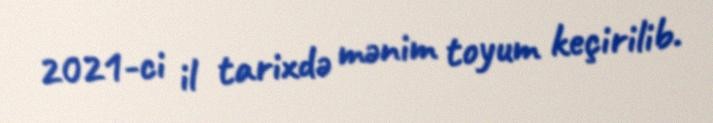
2021-ci il tarixdə mənim toyum keçirilib.